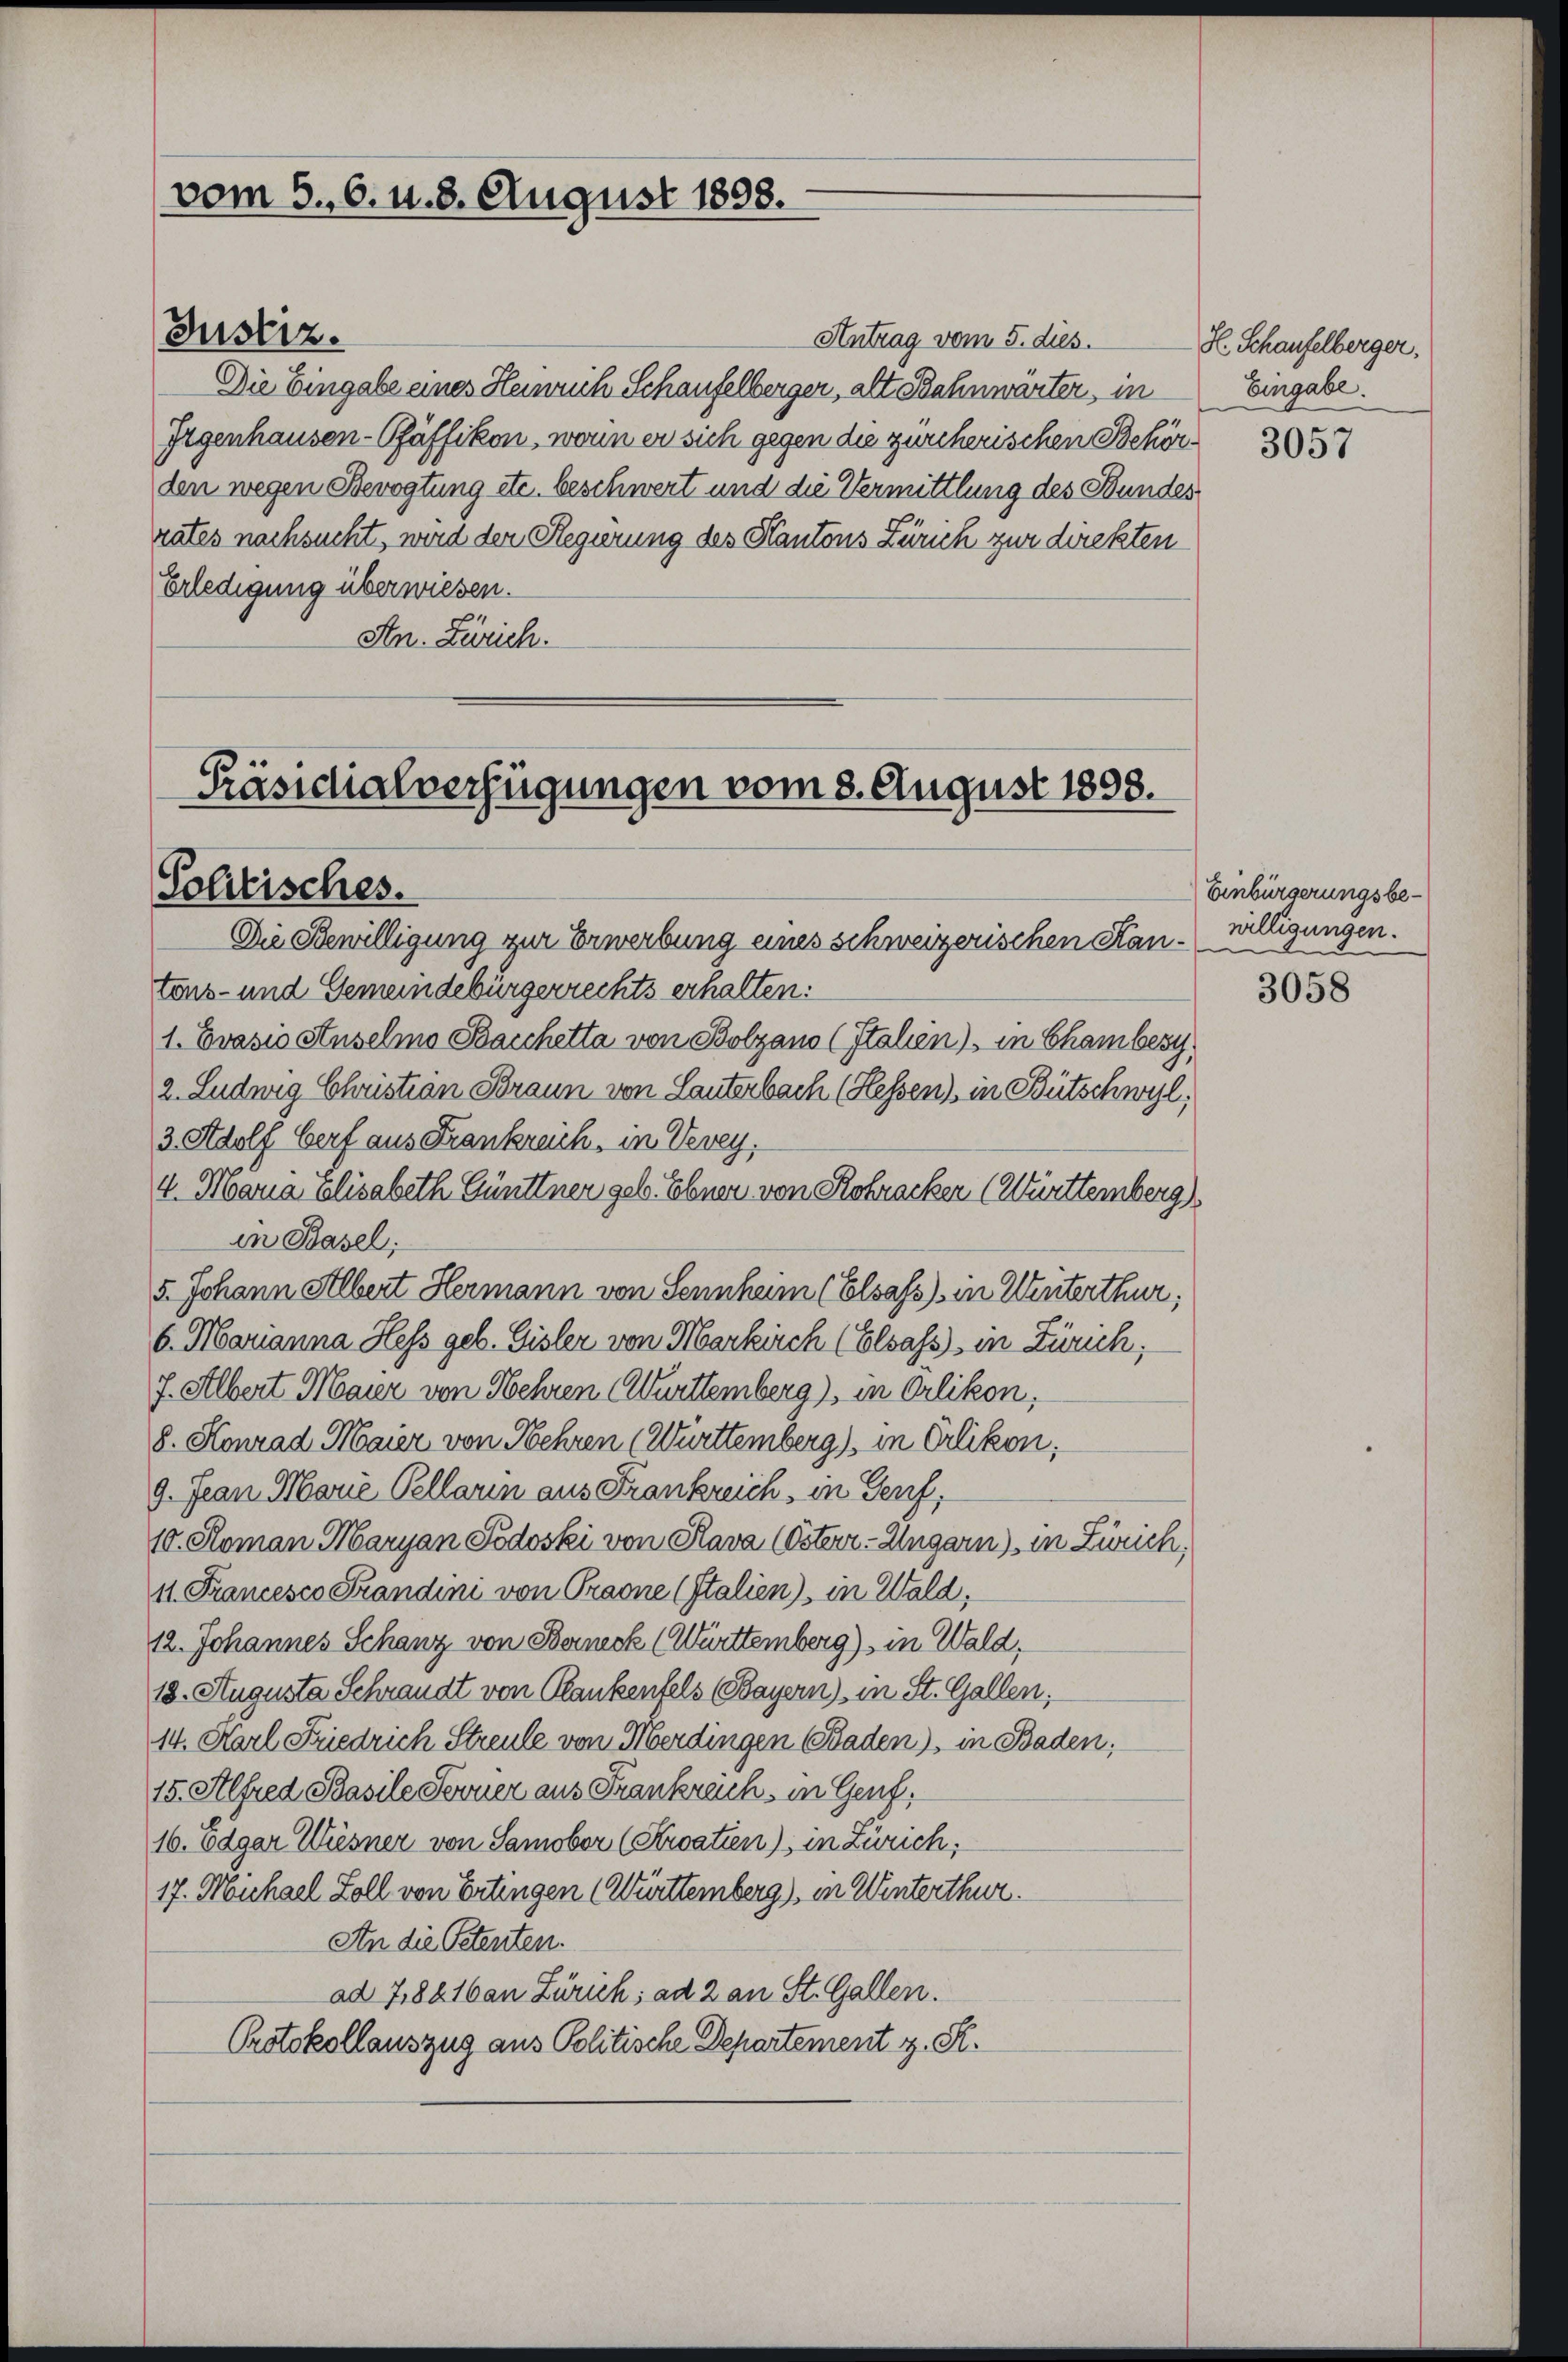
vom 5. 6. u. 8. August 1898.

Antrag vom 5. dies
Die Eingabe eines Heinrich Schaufelberger, alt Bahnwärter, in
Gegenhausen-Pfäffikon, wenn er sich gegen die zürcherischen Behörden wegen Bevogtung etc. beschwert und die Vermittlung des Bundes
rates nachsucht, wird der Regierung des Kantons Zürich zur direkten
Erledigung überwiesen.
An. Zürich.

Justiz.

Präsidialverfügungen vom 8. August 1898.
Solitisches.

Die Bewilligung zur Erwerbung eines schweizerischen Kantons- und Gemeindebürgerrechts erhalten:
1. Evasio Auselmo Bacchetta von Bolzano (Italien) in Chambery
2. Ludwig Christian Braun von Lauterbach (Hessen), in Bütschwyl,
3 Adolf Gerf aus Frankreich, in Vevey.
4. Maria Elisabeth Günttner geb. Ebnen von Rohracker (Württemberg)
in Basel;
5. Johann Albert Hermann von Sennheim (Elsass) in Winterthur;
6. Marianna Hess geb. Gisler von Markirch (Elsass in Zürich;
f. Albert Maier von Hehren Württemberg), in Orlikon,
8. Konrad Maier von Mehren (Württemberg), in Erlikon;
9. Jean Marie Pellarin aus Frankreich, in Genf,
10. Roman Maryan Podoski von Plava (Österr. Ungarn) in Zürich,
11. Francesco Frandini von Traone (Italien), in Wald;
12. Johannes Schanz von Berneck (Württemberg), in Wald,
18. Augusta Schrandt von Plankentels (Bayern) in St. Gallen;
14. Karl Friedrich Streule von Merdingen Baden), in Baden,
15. Alfred Basile Ferner aus Frankreich, in Genf,
16. Edgar Wiesner von Samobor (Kroatien), in Zürich,
17. Michael Zoll von Ertingen (Württemberg), in Winterthur.
An die Petenten.
ad 7,8816 an Zürich; ad 2 an St. Gallen.
Protokollauszug aus Politische Departement z. St.

Hl. Schaufelberger.
Eingabe.

3057

Einbürgerungsbewilligungen.

3058